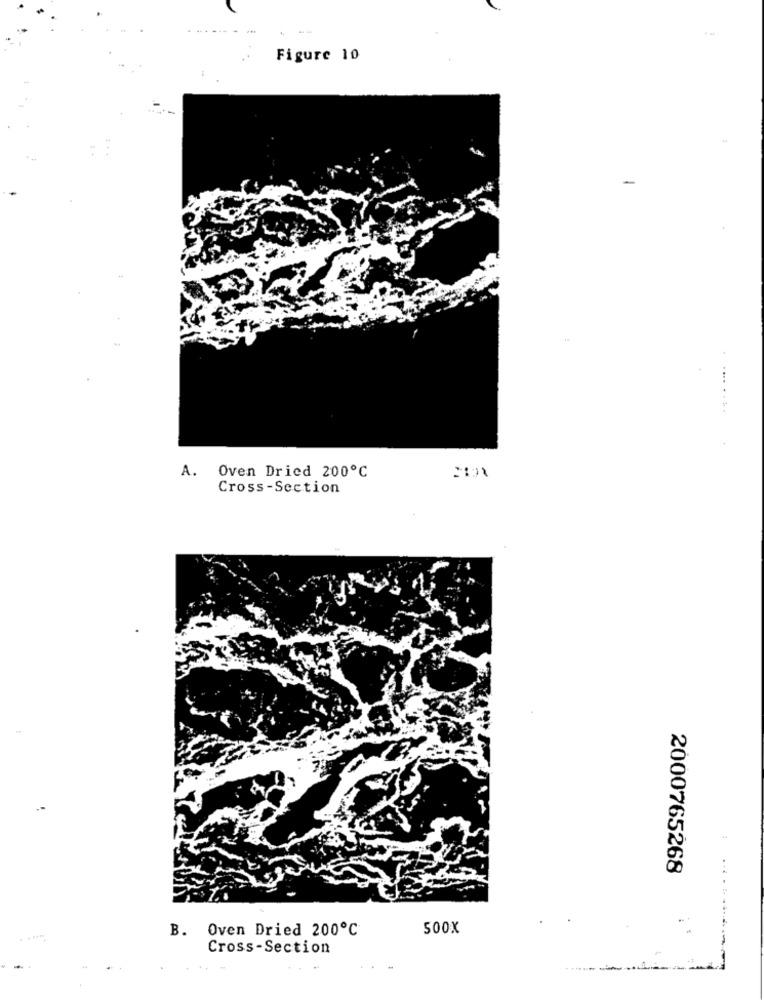
------
Figure 10
-
A.
Oven Dried 200℃
Cross-Section
2000765268
B. Oven Dried 200℃
500X
.
Cross-Section
-